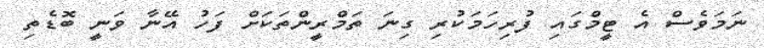
ނަމަވެސް އެ ޓީމްގައި ފުރިހަމަކުރި ގިނަ ތަމްރީންތަކަށް ފަހު އޭނާ ވަނީ ބޮޑެތި